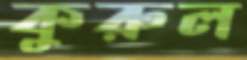
কুরুল